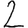
Digit: 2